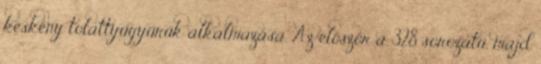
keskeny tolattyúgyűrűk alkalmazása. Az először a 328 sorozatú, majd